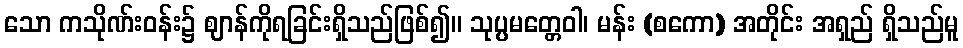
သော ကသိုဏ်းဝန်း၌ ဈာန်ကိုရခြင်းရှိသည်ဖြစ်၍။ သုပ္ပမတ္တေဝါ၊ မန်း (စကော) အတိုင်း အရှည် ရှိသည်မူ